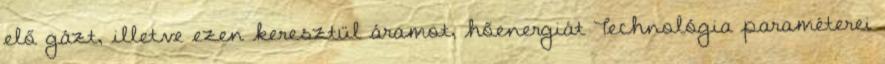
elő gázt, illetve ezen keresztül áramot, hőenergiát Technológia paraméterei